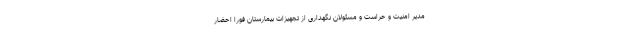
مدیر امنیت و حراست و مسئولان نگهداری از تجهیزات بیمارستان فورا احضار